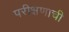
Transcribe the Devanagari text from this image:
परीक्षणाची